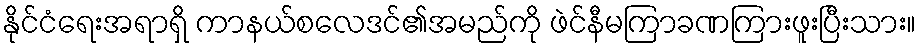
နိုင်ငံရေးအရာရှိ ကာနယ်စလေဒင်၏အမည်ကို ဖဲင်နီမကြာခဏကြားဖူးပြီးသား။